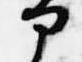
部